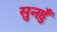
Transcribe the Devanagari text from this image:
सुनहुँ